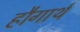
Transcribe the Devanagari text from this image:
हौगार्थ